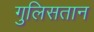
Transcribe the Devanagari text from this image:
गुलिसतान